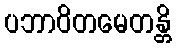
ပဘာဝိတမေတန္တိ